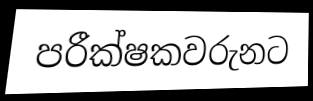
පරීක්ෂකවරුනට